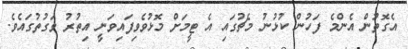
އެގޮތުން އެންމެ ފަހުން ކުޅުނު މެޗުގައި އެ ޓީމަށް މޮޅުވެވިފައިވަނީ އިތުރު ވަގުތުގައެވެ.